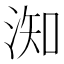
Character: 𣶱